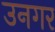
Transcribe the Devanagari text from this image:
उनगर